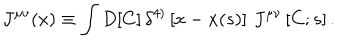
J ^ { \mu \nu } ( x ) \equiv \int D [ C ] \, \delta ^ { 4 ) } \left[ x - x ( s ) \right] \, J ^ { \mu \nu } \left[ C ; s \right] .